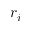
r _ { i }